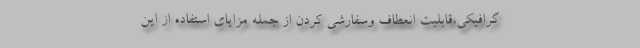
گرافیکی،قابلیت انعطاف وسفارشی کردن از جمله مزایای استفاده از این